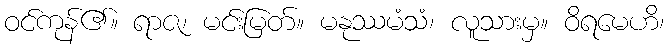
ဝင်ကုန်၏။ ရာဇ၊ မင်းမြတ်။ မနုဿမံသံ၊ လူသားမှ။ ဝိရမေဟိ၊